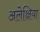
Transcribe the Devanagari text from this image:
अलेक्षिया